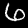
Digit: 6